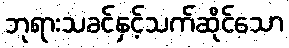
ဘုရားသခင်နှင့်သက်ဆိုင်သော